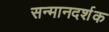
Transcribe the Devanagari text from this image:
सन्मानदर्शक